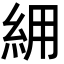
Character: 𮈉